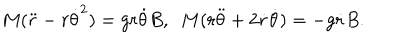
LaTeX: M ( \ddot { r } - r { \dot { \theta } } ^ { 2 } ) = g r \dot { \theta } B , ~ ~ M ( r \ddot { \theta } + 2 \dot { r } \dot { \theta } ) = - g \dot { r } B .